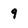
Character: 9